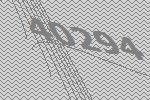
40294